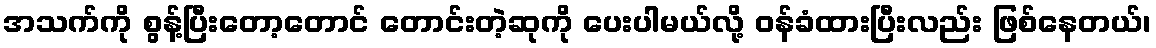
အသက်ကို စွန့်ပြီးတော့တောင် တောင်းတဲ့ဆုကို ပေးပါမယ်လို့ ဝန်ခံထားပြီးလည်း ဖြစ်နေတယ်၊